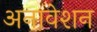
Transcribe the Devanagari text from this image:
अनावेशन